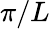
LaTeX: \pi/L